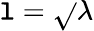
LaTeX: \mathtt{l}={\sqrt{}{{\lambda}}}